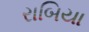
રાબિયા